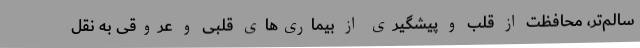
سالم‌تر، محافظت از قلب و پیشگیری از بیماری‌های قلبی و عروقی به نقل